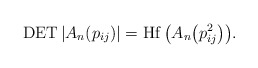
\begin{gather*}\operatorname{DET} | A_n(p_{ij})| = \operatorname{Hf}\big(A_n\big(p_{ij}^2\big)\big).\end{gather*}